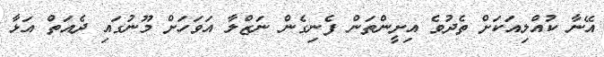
އޭނާ ކުއްލިއަކަށް ތެދުވެ އިށީންތަން ފެނިގެން ނަޒްލާ އަވަހަށް މޫނުގައި ދެއަތް އަޅާ